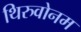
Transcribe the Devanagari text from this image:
थिरुवोनम